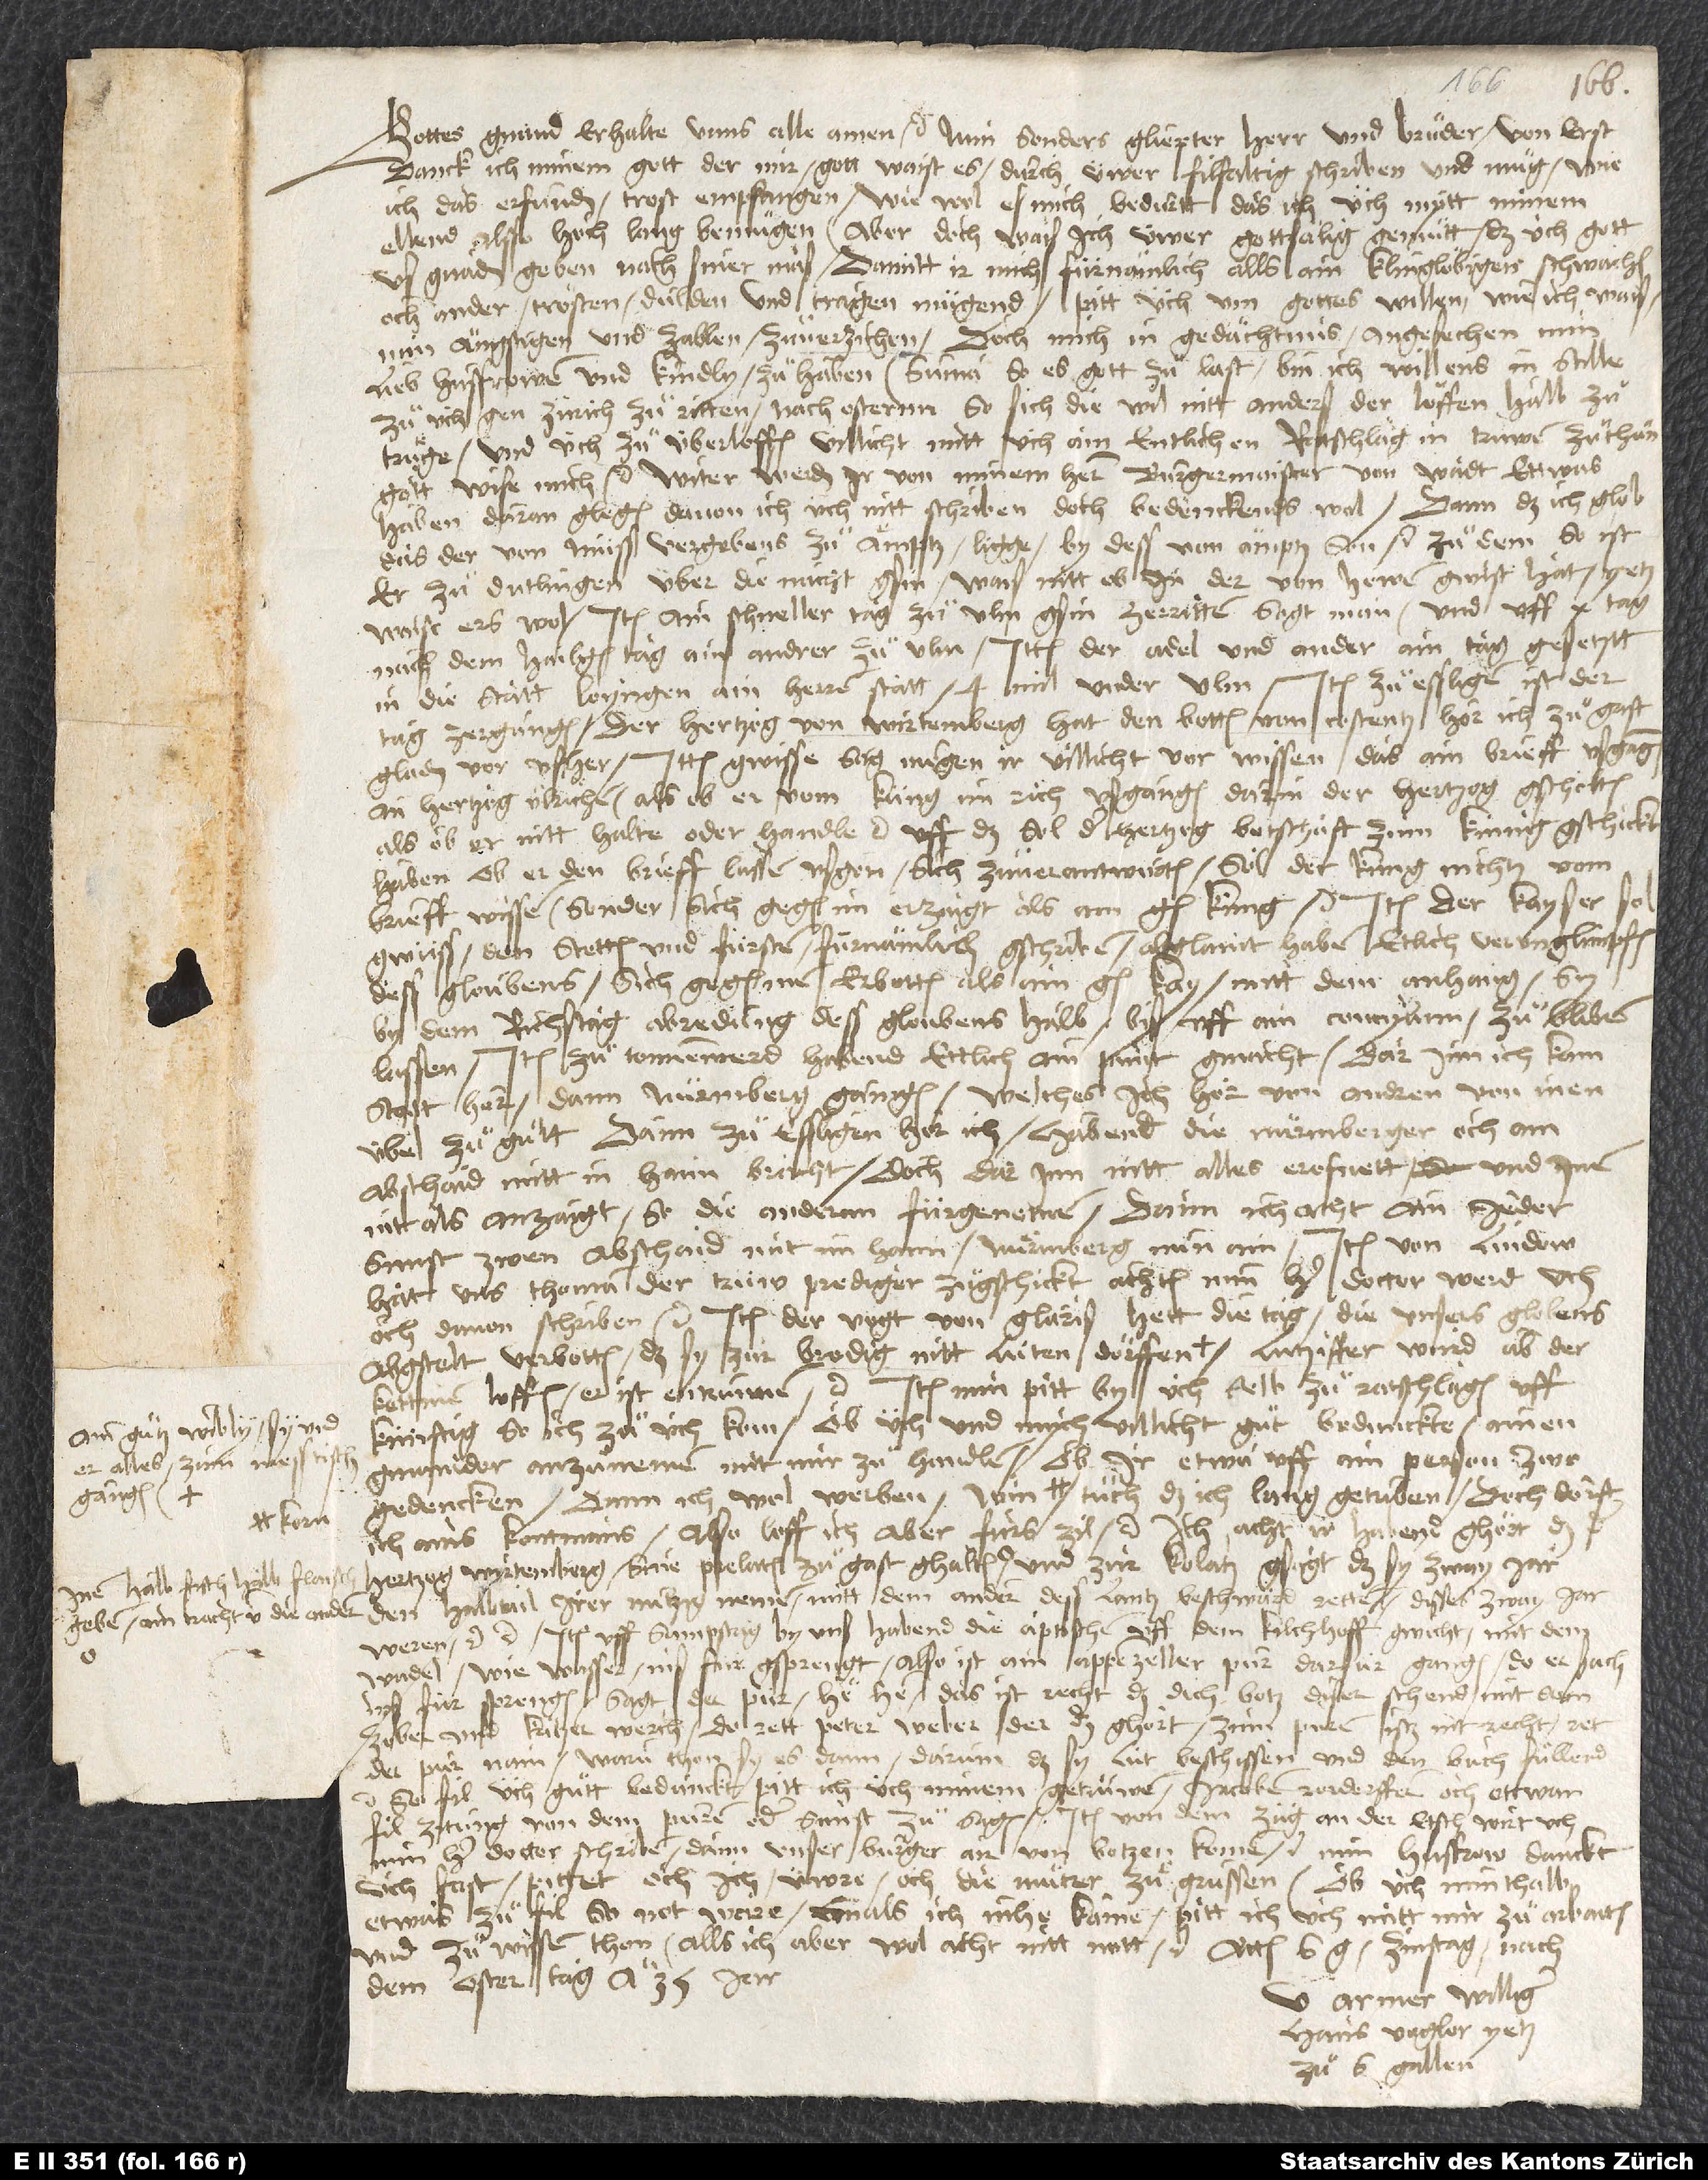
guͤtz wibly, sy und
er alles, zum messtisch
gangen.
inen halb fisch, halb flaisch
geben, ain tracht und die ander,

Gottes gnaud erhalte unns alle. Amen etc. Min sonders gliepter herr und bruͦder, von erst
danck ich minem gott, der mir, gott waist es, durch üwer filfaltig schriben und muͤg, wie
ich das erfunden, trost empfangen, wie wol es mich bedurtt, das ich üch mytt minem
ellend alsso hoch lang bemuͤgen. Aber doch wais ich üwer gottsälig gemuͤtt, das üch gott
us gnaden geben nach siner maß, damitt ir mich fürnämlich alls ain klinglöbigen schwachen,
och ander, trösten, dulden und tragen mügend. Pitt üch um gottes willen, wie ich wais,
min ängstigen und zablen zuͦ verzichen, doch mich in gedächtnus, angesechen min
lieb husfrowen und kindly, zuͦ haben. Suma, so es gott zuͦlast, bin ich willens, in stille
zuͦ üch gen Zürich zuͦ ritten nach ostern, so sich diewil nitt anders der löffen halb
zutrüge, und üch zuͦ überloffen, villicht mitt üch ain entlichen ratschlag in trüwen zethuͦn.
Gott wise mich etc. Witer werden ir von minem hern burgermaister von Wadt ettwas
haben, daran glegen. Davon ich üch nitt schriben. Doch bedenckends wol; dann das ich glob,
das der von Müss vergebens zu Ämptz ligge, by dess von Ämptz son etc. Zu dem so ist
er zu Dutlingen über die nacht gsin; wais nitt, ob in der von Hewen gwist hat; yetz
waist ers wol. Item ain schneller tag zuͦ Ulm gsin; zerritten, sagt man, und uff 10 tag
nach dem hailgen tag ain andrer zu Ulm. Ittem der adel und ander ain tag gesetztt
in die statt Loyngen, ain herrenstatt, 4 mil under Ulm. Item zuͦ Essligen ist der
tag zergangen. Der hertzog von Wirtemberg hat den botten von Costentz, hör ich, zuͦ gast
gladen vor usher. Ittem gwisse sag megen ir villicht vor wissen, das ain brieff usgangen
an hertzog Ulrichen, als ob er vom küng im rich usgangen, darin der hertzog gscholten,
als ob er nitt halte oder handle etc. Uff das soll der hertzog botschaft zum künig gschickt
haben, ob er den brieff lassen usgon, sich zuͦverantwurten. Sol der küng nichtz vom
brieff wissen, sonder sich gegen im erzaigt als ain gen küng etc. Item der kayser sol
gwüss den stetten und fürsten fürnämlich gschriben, abglaint haben etlich verunglimpfen
dess gloubens, sich gegen inen erbotten als ain g, mitt dem anhang, sy
by dem richstag, abredung dess gloubens halb, bis uff ain concylum zuͦ bliben
lassen. Item zuͦ Tonnenwerd habend ettlich ain punt gmacht, darinn ich kain
statt hör dann Nürmberg gangen, welches ich hör, von andren von inen
übel zuͦ gutt. Dann zuͦ Essligen, hör ich, habend die Nürmberger och ain
abschaid mitt in haim bracht, doch darinn nitt alles erofnett und inen
nitt als anzaigt, so die andernn fürgenomen. Dann ich acht, ain jeder
sunst zwen abschaid mit im hann, Nürmberg nun ain. Item von Lindow
hat uns Thoman, der trüw prediger, zuͦgschickt; achten nun, herr doctor werd üch
och davon schriben etc. Item der vogt von Glaris hett die tag die unsers globens
kettinen loffen; er ist entrunnen etc. Item min pitt, by üch selb zuͦ ratschlagen uff
künftig, so ich zuͦ üch kom, ob üch und mich villicht guͦt bedunckte, ainen
gmainder anzuͦnemen, mit mir zuͦ handlen, ob ir etwa uff ain person zwo
gedencken. Dann ich wol werben win, korn, tuͦch, das ich lang getriben. Doch dörft
ich ains kontmans; also loff ich aber fürs zil etc. Ich acht, ir habend ghört,
den halbtail irer nutzig nemen, mitt dem andern dess lantz beschwärd retten. Diesses zway jar
weren etc. etc. Item uff sampstag by uns habend die äptischen uff dem kilchhoff gwicht, mit dem
wadel wiewasser ins für gsprengt. Also ist ain Appenzeller pur darfür gangen. Do er sach
ins für sprengen, sagt der pur: "He, he, das ist recht, daß dich botz diser schend mit dem
zober und kätzer werch." Do rett Peter Weber, der das ghört, zuͦm puren: "Istz nit recht?" Ret
der pur: "Nain, warum thon sy es, dann darum, daß sy lüt beschissen und den buch füllend"
So fil üch guͦtt bedunckt, pitt ich üch, minem getrüwen Jacoben Rordorffern och ettwan
fil zitung von dem puren oder sunst zuͦ sagen. Item von dem züg an der Etsch wirt uch
min herr doctor schriben; dann unser burger air von Botzen komen etc. Min husfrow danckt
üch fast, pittet, och ich, uwre, och die muͦter, zuͦ gruͤssen. Ob üch minthalb
etwas zuͦ fil, so not wäre, emals ich inhe käme, pitt ich üch, mitt mir zuͦ arbaiten
und zuͦ wissen thon. Alls ich aber wol acht nitt nott etc. Actum S. G, zinstag nach
dem ostertag anno 35. jar.
U armer, williger
Hans Vogler, yetz
zuͦ S. Gallen.